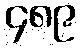
၄၈၉